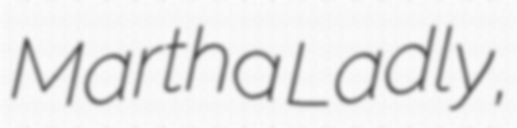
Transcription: Martha Ladly,